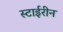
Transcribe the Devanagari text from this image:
स्टाईरीन